Vaike-Kullamaa_(Vaikna)_vallavalitsus, lk 43
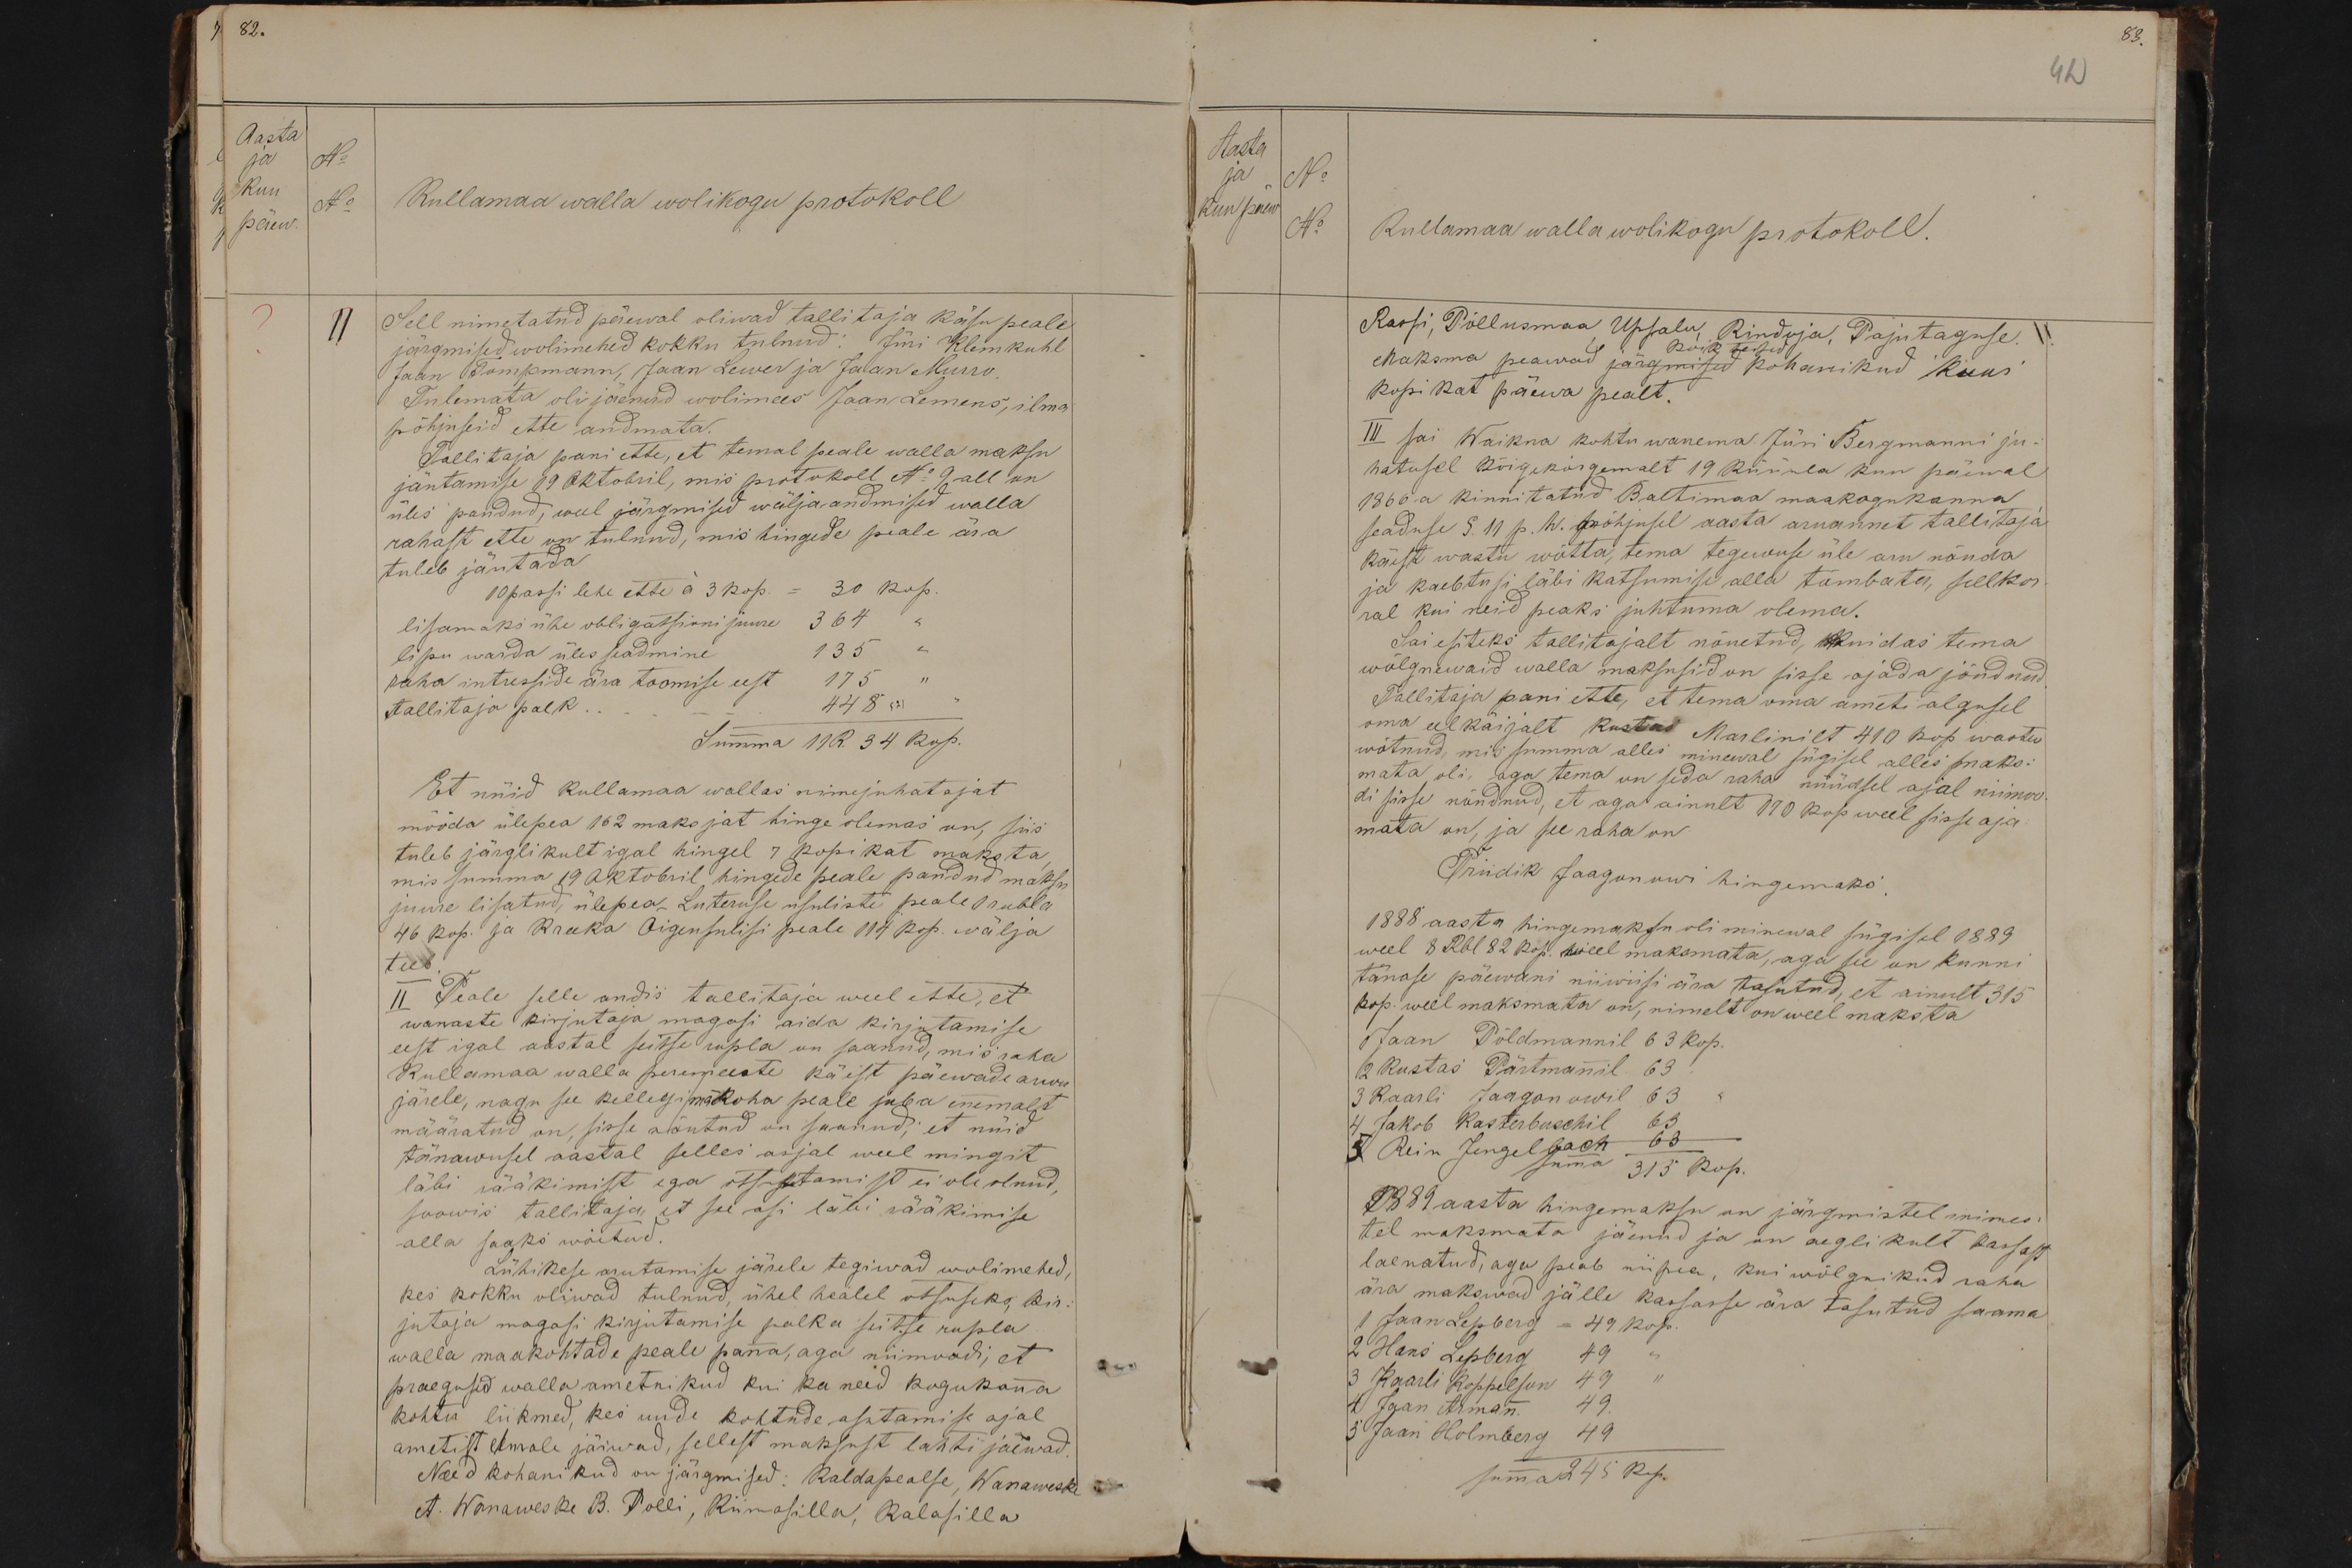
82.
Aasta
ja
No
kuu
päew.
No
Kullamaa walla wolikogu protokoll
II
Sell nimetatud päewal oliwad tallitaja käsu peale
järgmised wolimehed kokku tulnud: Jüri Klemkuhl
Jaan Dompmann, Jaan Lewer ja Jaan Murro.
Tulemata oli jäenud wolimees Jaan Lemens, ilma
põhjuseid ette andmata.
Tallitaja pani ette, et temal peale walla maksu
jäutamise 19 oktobril, mis protokoll No 9 all on
üles pandud, weel järgmised wäljaandmised walla
rahast ette on tulnud, mis hingede peale ära
tuleb jäutada
10 passi lehe ette a 3 kop. = 30 kop.
lisamaks ühe obligatsioni juure 364 "
lipu warde üles seadmine 135 "
raha intresside ära toomise eest
175
tallitaja palk
448
Summa 11 R. 34 kop.
Et nüid Kullamaa wallas nimejuhatajat
mööda ülepea 162 maksjat hinge olemas on, siis
tuleb järglikult igal hingel 7 kopikat maksta
mis summa 19 oktobril hingede peale pandud maks
juure lisatud, ülepea Luteruse usuliste peale 1 rubla
46 kop. ja Kreeka Õigeusulisi peale 114 Kop. wälja
teeb.
II Peale selle andis tallitaja weel ette, et
wanaste kirjutaja magasi aida kirjutamise
eest igal aastal seitse rubla on saanud, mis raha
Kullamaa walla peremeeste käest päewade arwu
järele, nagu see kellegimäkoha peale juba enemalt
määratud on sisse nõutud on saanud, et nüid
tänawusel aastal selles asjal weel mingit,
läbi jääkimist ega otsustamist ei ole olnud,
soowis tallitaja, et see asi läbi rääkimise
alla saaks wõetud
Lühikese arutamise järele tegiwad wolimehed
kes kokku oliwad tulnud, ühel heälel otsuseks, kir-
jutaja magasi kirjutamise palka on seitse rubla
walla maakohtade peale panna, aga niimoodi, et
praegusid walla ametnikud kui ka need kogukonna
kohtu liikmed, kes uude kohtude asutamise ajal
ametist eemale jäiwad, sellest maksust lahti jäewad
Need kohanikud on järgmised: Kaldapealse, Wanaweski
A. Wanaweske B. Polli, Kiimasilla, Kalasilla

83.
42
Aasta
ja
kuu päew
No
No
Kullamaa walla wolikogu protokoll.
Rassi, Põllusmaa, Uppsalu, Rindoja, Pajutaguse,
koik teised
Maksma peawad järgmised kohanikud kuus
kopikat päewa pealt.
III sai Waikna kohtu wanema Jüri Bergmanni ju-
hatusel kõigekõrgemalt 19 Küünla kuu päewal
1866. a kinnitatud Baltimaa maakogukonna
seaduse § 11 p. h. põhjusel aasta aruannet tallitaja
käest wastu wõtta, tema tegewuse üle aru nõuda
ja kaebtusi läbi katsumise alla tõmbata, sellkor-
ral kui neid peaks juhtuma olema.
Sai esiteks tallitajalt nõuetud, kuidas tema
wõlgnewaid walla maksusid on sisse ajada jõudnud.
Tallitaja pani ette, et tema oma ameti algusel
oma eelkäijalt Kustas Marlinilt 410 kop wastu
wõtnud, mis summa alles minewal sügisel alles maks-
mata oli, aga tema on seda raha nüüdsel ajal niimo-
di sisse nõudnud, et aga ainult 170 kop weel sisse aja-
mata on, ja see raha on
Priidik Jaagonowi hingemaks
1888 aasta hingemaksu oli minewal sügisel 1889
weel 8 Rbl 82 Kop. weel maksmata, aga see on kunni
tänase päewani niiwisi ära tasutud, et ainult 315
kop. weel maksmata on, nimelt on weel maksta
1 Jaan Põldmannil 63 kop.
2 Kustas Pärtmanil 63
3 Kaarli Jaagonowil 63
4 Jakob Kasterbuschil 63
5 Rein Jengelbach 63
summa 315 kop.
1889 aasta hingemaksu on järgmistel inimes-
tel maksmata jäenud ja on aeglikult kassast
laenatud, aga peab niipea, kui wõlgnikud raha
1 Jaan Lepberg - 49 kop.
ära makswad jälle kassasse ära tasutud saama
2 Hans Lepperg 49
3 Kaarli Koppelson 49
4 Jaan Arman 49
3 Jaan Holmberg 49
Summa 245 kop.